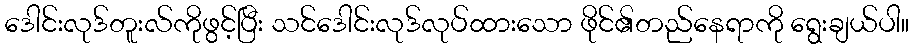
ဒေါင်းလုဒ်တူးလ်ကိုဖွင့်ပြီး သင်ဒေါင်းလုဒ်လုပ်ထားသော ဖိုင်၏တည်နေရာကို ရွေးချယ်ပါ။